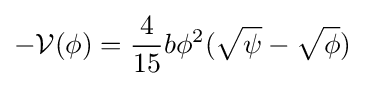
-{\mathcal {V}}(\phi )={\frac {4}{15}}b\phi ^{2}({\sqrt {\psi }}-{\sqrt {\phi }})